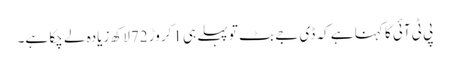
پی ٹی آئی کا کہنا ہے کہ ڈی جے بٹ تو پہلے ہی 1کروڑ 72لاکھ زیادہ لے چکا ہے۔